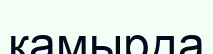
қамырда